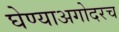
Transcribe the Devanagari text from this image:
घेण्याअगोदरच